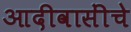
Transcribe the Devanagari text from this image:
आदीवासींचे